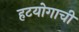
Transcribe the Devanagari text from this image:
हटयोगाची